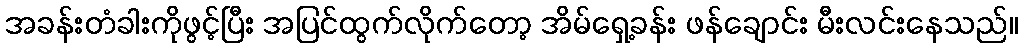
အခန်းတံခါးကိုဖွင့်ပြီး အပြင်ထွက်လိုက်တော့ အိမ်ရှေ့ခန်း ဖန်ချောင်း မီးလင်းနေသည်။